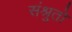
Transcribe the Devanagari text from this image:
संश्रुतो